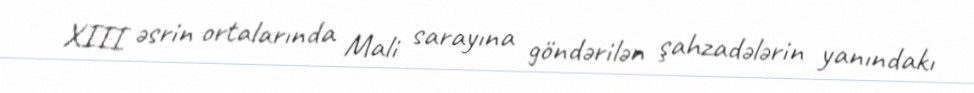
XIII əsrin ortalarında Mali sarayına göndərilən şahzadələrin yanındakı